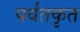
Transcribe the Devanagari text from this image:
पर्वतकृत